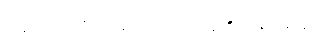
ပုရိသာဒိဂိုဏ်အတိုင်း စဉ်ရမည်။